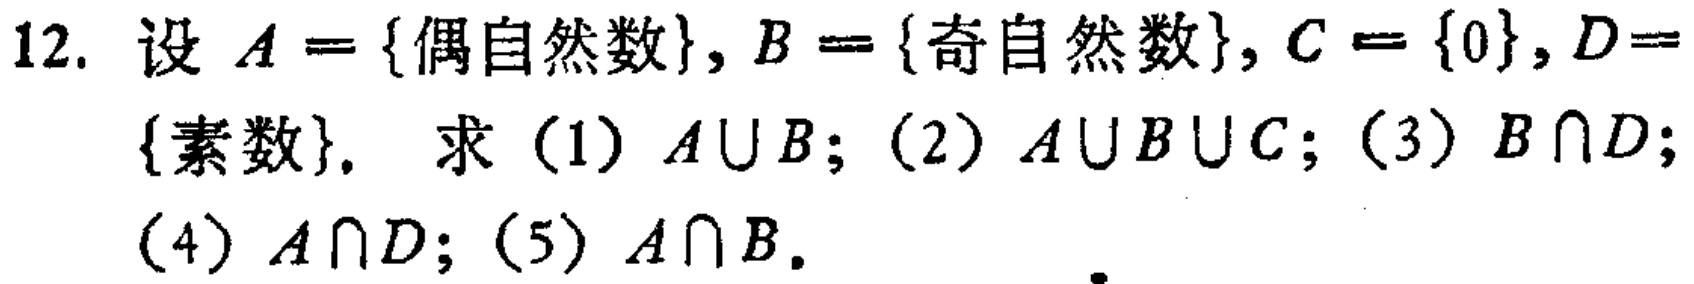
12. 设 \(A = \{\text{偶自然数}\}, B = \{\text{奇自然数}\}, C = \{0\}, D = \{\text{素数}\}\). 求（1）\(A\cup B\)；（2）\(A\cup B\cup C\)；（3）\(B\cap D\)；（4）\(A\cap D\)；（5）\(A\cap B\).